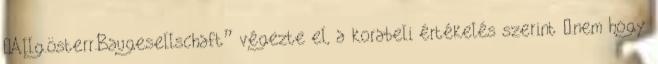
„Allg.österr.Baugesellschaft” végezte el, a korabeli értékelés szerint „.nem hogy